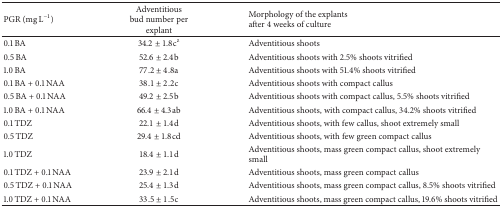
<table><thead><tr><td><b>PGR (mg L<sup>−1</sup>)</b></td><td><b>Adventitious bud number per explant</b></td><td><b>Morphology of the explants after 4 weeks of culture</b></td></tr></thead><tbody><tr><td>0.1 BA</td><td>34.2 ± 1.8c<sup>z</sup></td><td>Adventitious shoots </td></tr><tr><td>0.5 BA</td><td>52.6 ± 2.4b</td><td>Adventitious shoots with 2.5% shoots vitrified</td></tr><tr><td>1.0 BA</td><td>77.2 ± 4.8a</td><td>Adventitious shoots with 51.4% shoots vitrified</td></tr><tr><td>0.1 BA + 0.1 NAA</td><td>38.1 ± 2.2c</td><td>Adventitious shoots with compact callus </td></tr><tr><td>0.5 BA + 0.1 NAA</td><td>49.2 ± 2.5b</td><td>Adventitious shoots with compact callus, 5.5% shoots vitrified</td></tr><tr><td>1.0 BA + 0.1 NAA</td><td>66.4 ± 4.3ab</td><td>Adventitious shoots, with compact callus, 34.2% shoots vitrified</td></tr><tr><td>0.1 TDZ </td><td>22.1 ± 1.4d</td><td>Adventitious shoots, with few callus, shoot extremely small</td></tr><tr><td>0.5 TDZ</td><td>29.4 ± 1.8cd</td><td>Adventitious shoots, with few green compact callus</td></tr><tr><td>1.0 TDZ</td><td>18.4 ± 1.1d</td><td>Adventitious shoots, mass green compact callus, shoot extremely small</td></tr><tr><td>0.1 TDZ + 0.1 NAA</td><td>23.9 ± 2.1d</td><td>Adventitious shoots, mass green compact callus</td></tr><tr><td>0.5 TDZ + 0.1 NAA</td><td>25.4 ± 1.3d</td><td>Adventitious shoots, mass green compact callus, 8.5% shoots vitrified</td></tr><tr><td>1.0 TDZ + 0.1 NAA</td><td>33.5 ± 1.5c</td><td>Adventitious shoots, mass green compact callus, 19.6% shoots vitrified</td></tr></tbody></table>